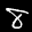
Label: 8